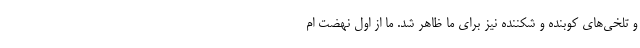
و تلخی‌های کوبنده و شکننده نیز برای ما ظاهر شد. ما از اول نهضت ام